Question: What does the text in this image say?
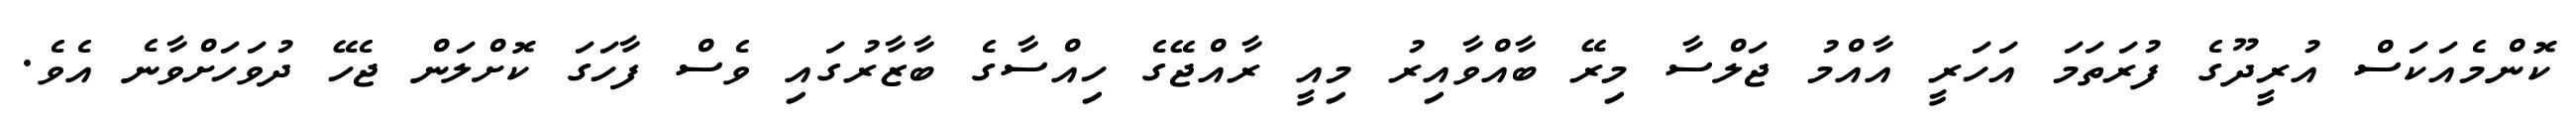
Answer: ކޮންމެއަކަސް އުރީދޫގެ ފުރަތަމަ އަހަރީ އާއްމު ޖަލްސާ މިރޭ ބާއްވާއިރު މިއީ ރާއްޖޭގެ ހިއްސާގެ ބާޒާރުގައި ވެސް ފާހަގަ ކޮށްލަން ޖެހޭ ދުވަހަށްވާނެ އެވެ.